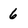
Character: 6